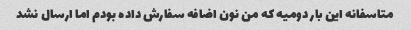
متاسفانه این بار دومیه که من نون اضافه سفارش داده بودم اما ارسال نشد